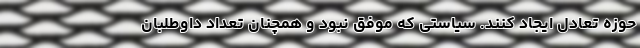
حوزه تعادل ایجاد کنند. ‌سیاستی که موفق نبود و همچنان تعداد داوطلبان